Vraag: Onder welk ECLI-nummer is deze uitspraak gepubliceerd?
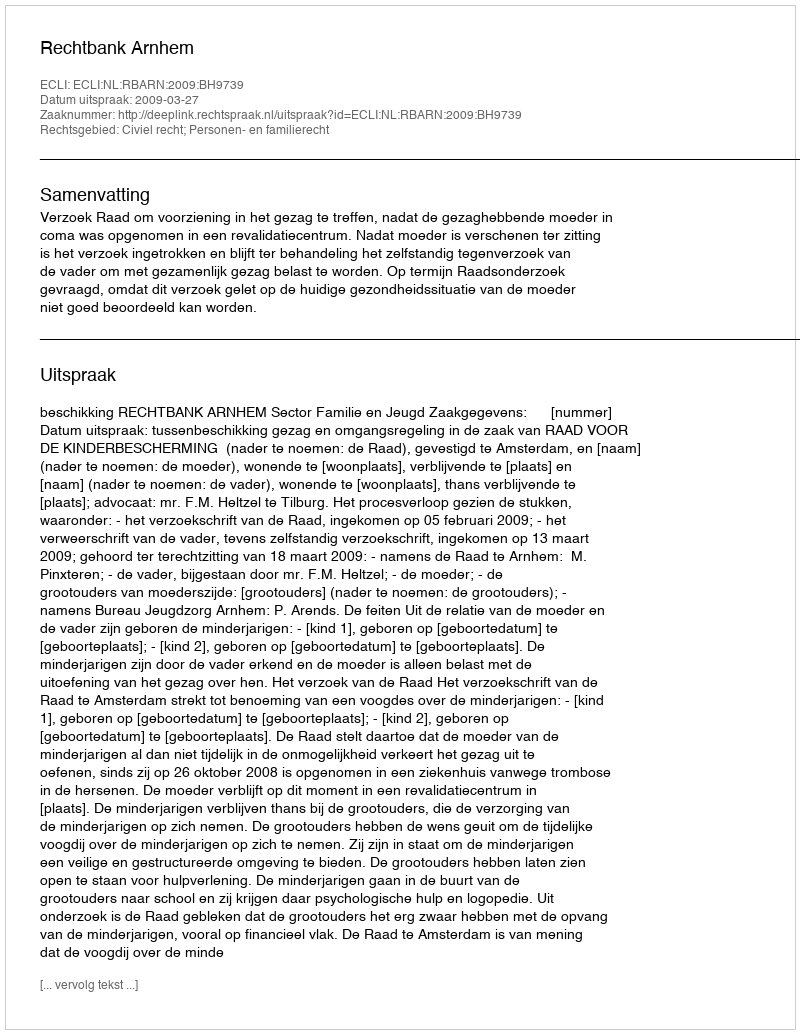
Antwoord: ECLI:NL:RBARN:2009:BH9739